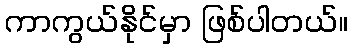
ကာကွယ်နိုင်မှာ ဖြစ်ပါတယ်။